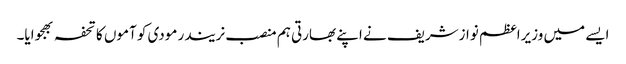
ایسے میں وزیراعظم نوازشریف نے اپنے بھارتی ہم منصب نریندر مودی کو آموں کا تحفہ بھجوایا۔